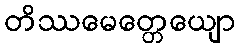
တိဿမေတ္တေယျော